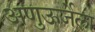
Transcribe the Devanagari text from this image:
अणुऊर्जेला